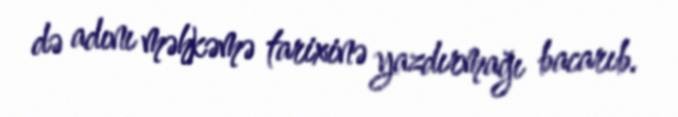
də adını məhkəmə tarixinə yazdırmağı bacarıb.